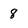
Character: 8